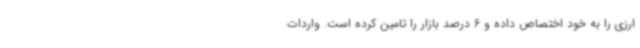
ارزی را به خود اختصاص داده و 6 درصد بازار را تامین کرده است. واردات